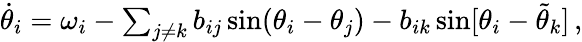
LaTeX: \begin{array}{r}{\dot{\theta}_{i}=\omega_{i}-\sum_{j\neq k}b_{ij}\sin(\theta_{i}-\theta_{j})-b_{ik}\sin[\theta_{i}-\tilde{\theta}_{k}]\, ,}\end{array}